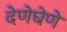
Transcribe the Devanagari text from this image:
देणेघेणे